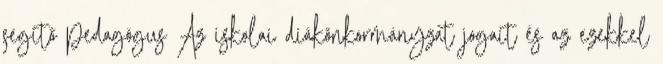
segítő pedagógus Az iskolai diákönkormányzat jogait és az ezekkel